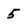
Character: 5